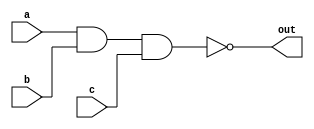
module nand_gate_3input(a,b,c,out);
    input a;
    input b;
    input c;
    output out;

    assign out = ~(a && b && c);
endmodule